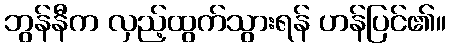
ဘွန်နီက လှည့်ထွက်သွားရန် ဟန်ပြင်၏။